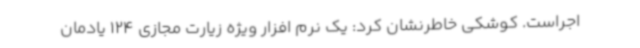
اجراست. کوشکی خاطرنشان کرد: یک نرم افزار ویژه زیارت مجازی 124 یادمان